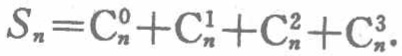
\(S_{n}=\mathrm{C}_{n}^{0}+\mathrm{C}_{n}^{1}+\mathrm{C}_{n}^{2}+\mathrm{C}_{n}^{3}\)